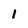
Character: 1